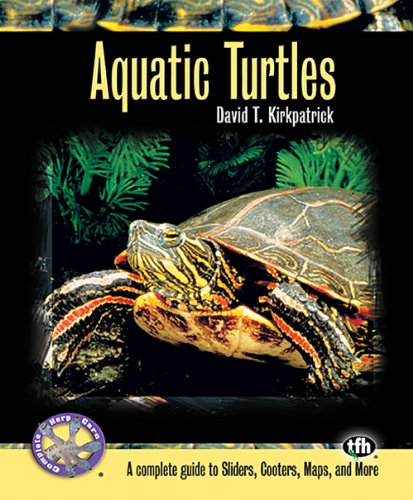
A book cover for Aquatic Turtles (Complete Herp Care); David T. Kirkpatrick; Crafts, Hobbies & Home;